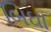
બિઘા